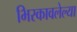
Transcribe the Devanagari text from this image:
भिरकावलेल्या